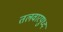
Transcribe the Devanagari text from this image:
तलवारयुध्द